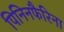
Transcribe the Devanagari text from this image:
पिनिनफैरिना